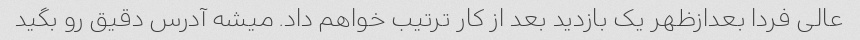
عالی فردا بعدازظهر یک بازدید بعد از کار ترتیب خواهم داد. میشه آدرس دقیق رو بگید